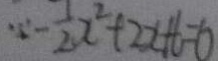
\because - \frac { 1 } { 2 } x ^ { 2 } + 2 x + 6 = 0